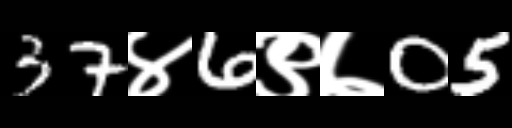
Text: 37४6९७05